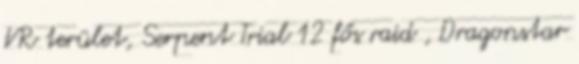
VR terület, Serpent Trial 12 fős raid , Dragonstar